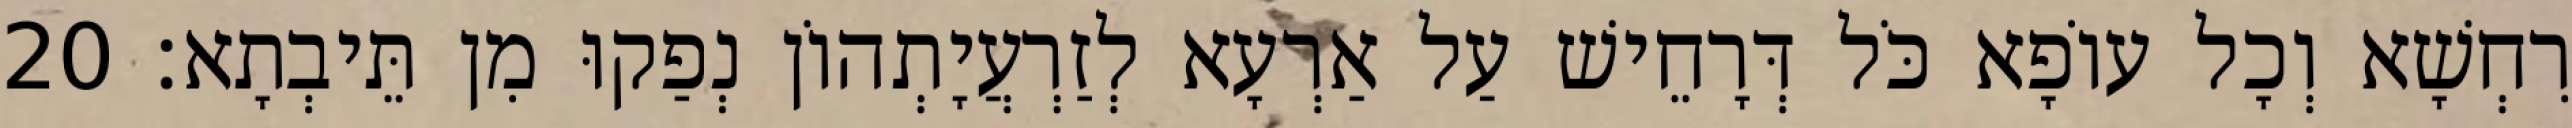
רִחְשָׁא וְכָל עוֹפָא כֹּל דְּרָחֵישׁ עַל אַרְעָא לְזַרְעֲיָתְהוֹן נְפַקוּ מִן תֵּיבְתָא׃ 20